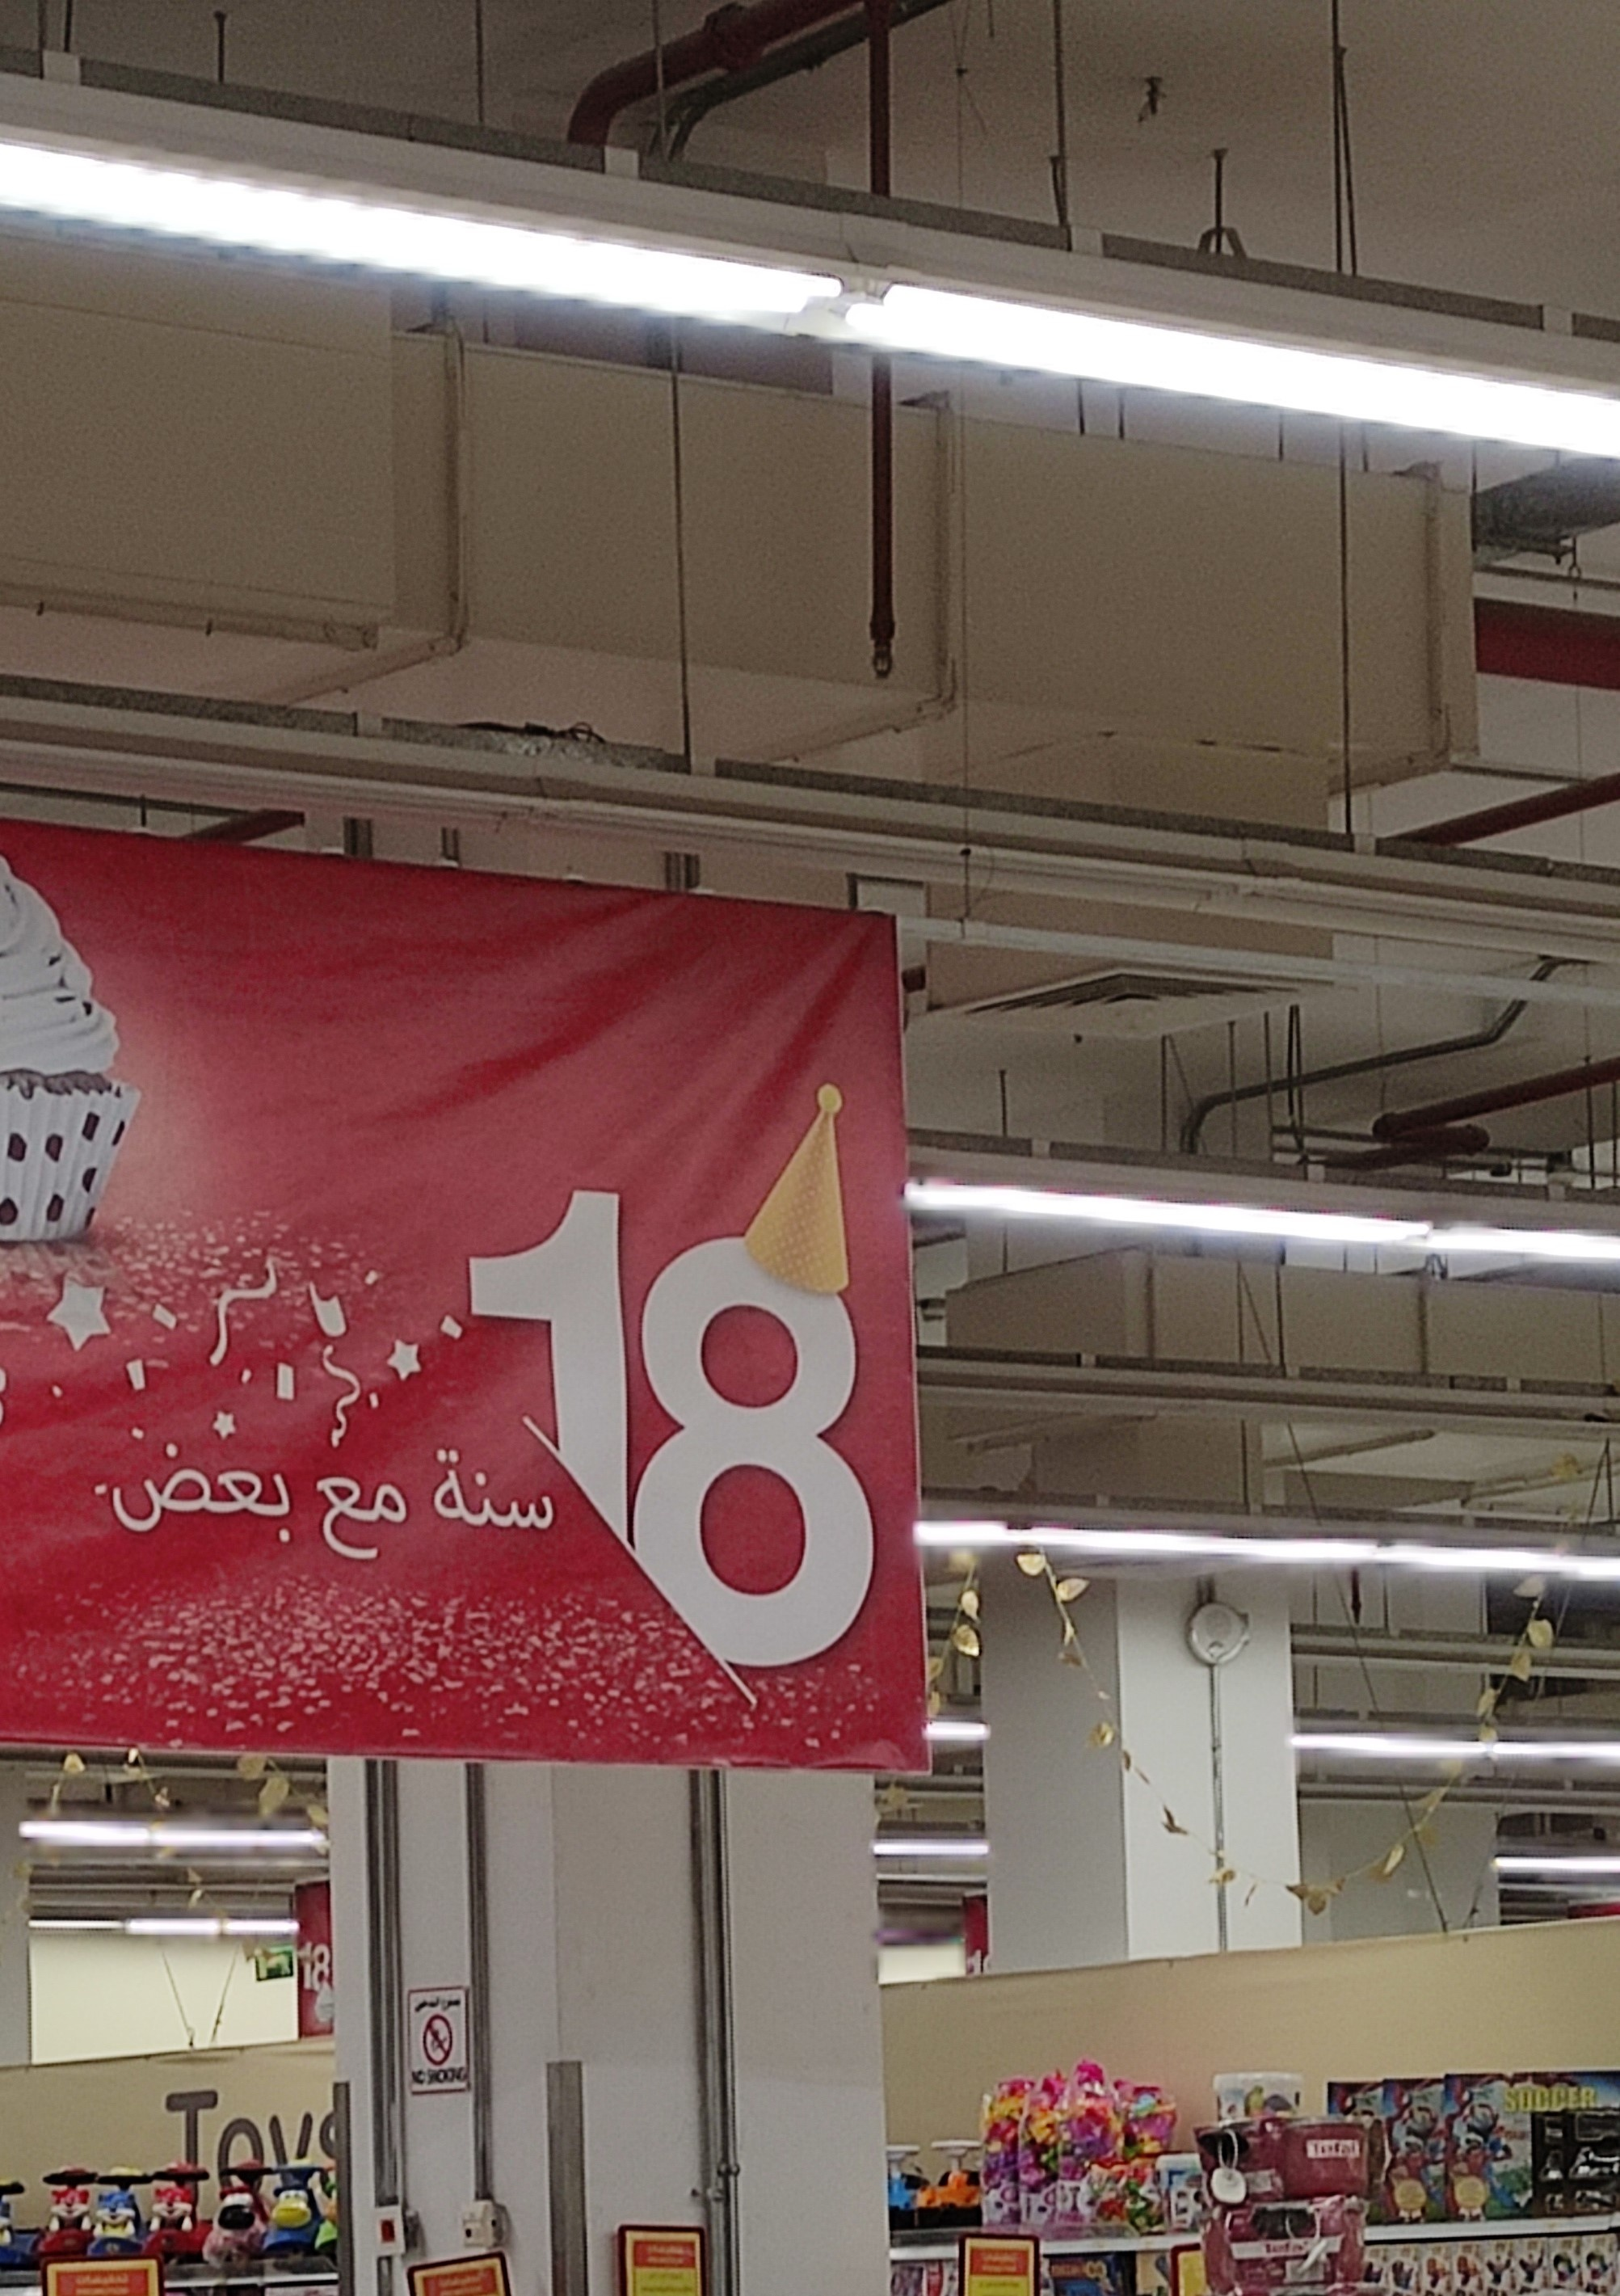
Text in image: بعض سنة مع 18